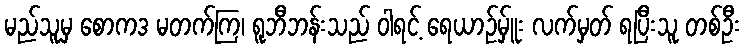
မည်သူမှ စောကဒ မတက်ကြ၊ ရူဘီဘန်းသည် ဝါရင့် ရေယာဉ်မ်ှူး လက်မှတ် ရပြီးသူ တစ်ဦး